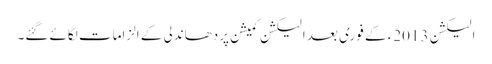
الیکشن 2013ء کے فوری بعد الیکشن کمیشن پردھاندلی کے الزامات لگائے گئے۔